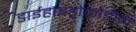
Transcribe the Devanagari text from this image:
डाईहाइड्रोकोडीन